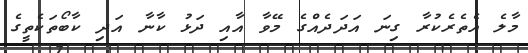
މާލެ އެތެރެކުރާ ގިނަ އަދަދެއްގެ މޭވާ އާއި ދަޅު ކާނާ އަދި ކާބޯތަކެތީގެ